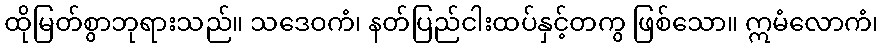
ထိုမြတ်စွာဘုရားသည်။ သဒေဝကံ၊ နတ်ပြည်ငါးထပ်နှင့်တကွ ဖြစ်သော။ ဣမံလောကံ၊